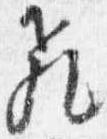
飛